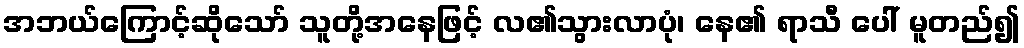
အဘယ်ကြောင့်ဆိုသော် သူတို့အနေဖြင့် လ၏သွားလာပုံ၊ နေ၏ ရာသီ ပေါ် မူတည်၍